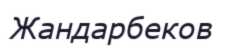
Жандарбеков